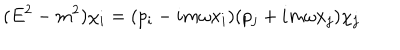
( E ^ { 2 } - m ^ { 2 } ) \chi _ { i } = ( p _ { i } - i m \omega x _ { i } ) ( p _ { j } + i m \omega x _ { j } ) \chi _ { j }